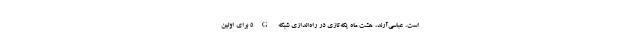
است. عباسی‌آرند، هشت ماه یکه‌تازی در راه‌اندازی شبکه 5G برای اولین